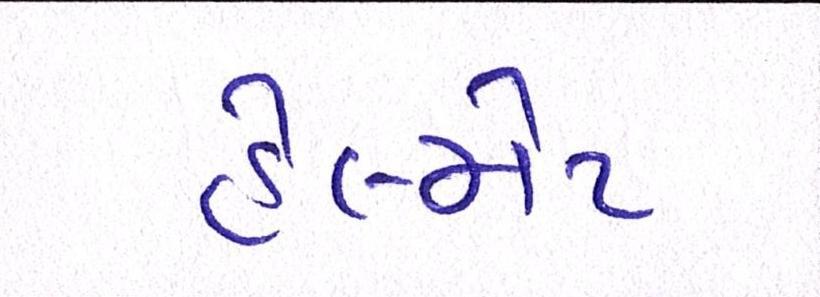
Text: હેલ્મેટ